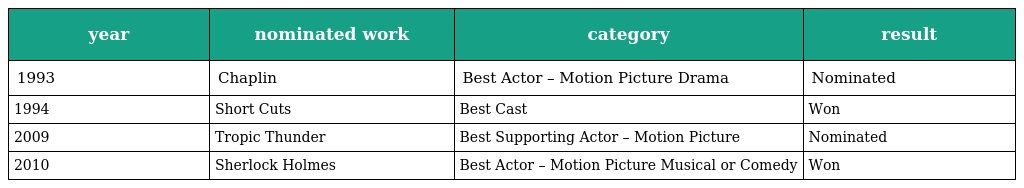
| year | nominated work | category | result |
 | --- | --- | --- | --- |
 | 1993 | Chaplin | Best Actor – Motion Picture Drama | Nominated |
 | 1994 | Short Cuts | Best Cast | Won |
 | 2009 | Tropic Thunder | Best Supporting Actor – Motion Picture | Nominated |
 | 2010 | Sherlock Holmes | Best Actor – Motion Picture Musical or Comedy | Won |